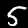
Digit: 5